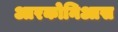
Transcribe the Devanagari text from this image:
आरकोनिआस